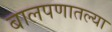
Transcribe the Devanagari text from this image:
बालपणातल्या